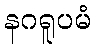
နဂရူပမံ